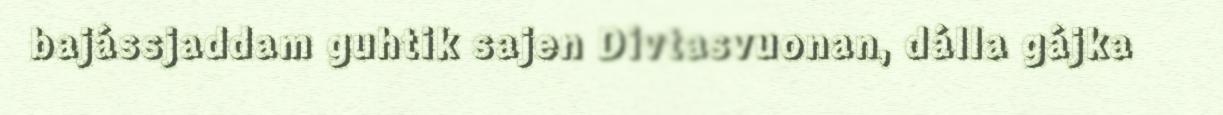
bajássjaddam guhtik sajen Divtasvuonan, dálla gájka